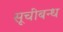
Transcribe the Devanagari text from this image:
सूचीबन्ध